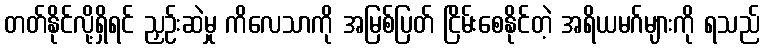
တတ်နိုင်လို့ရှိရင် ညှဉ်းဆဲမှု ကိလေသာကို အမြစ်ပြတ် ငြိမ်းစေနိုင်တဲ့ အရိယမဂ်များကို ရသည်